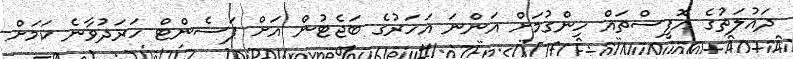
ދައުލަތުގެ އޮފީސްތައް ހިންގުމަށް އަންނަ އަހަރުގެ ބަޖެޓުން އަށް ޕަސެންޓް ހަރަދުވާނެ ކަމަށް